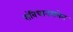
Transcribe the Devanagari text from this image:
संविधानसभेत